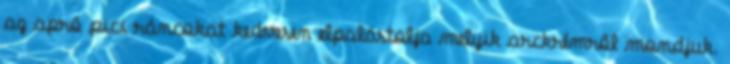
az apró pici ráncokat kedvesen elpalástolja melyik arckrémről mondjuk.